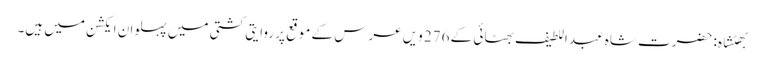
بھٹشاہ: حضرت شاہ عبد اللطیف بھٹائی کے 276 ویں عرس کے موقع پر روایتی کشتی میں پہلوان ایکشن میں ہیں۔